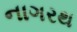
નાગરથ